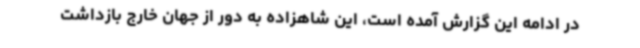
در ادامه این گزارش آمده است، این شاهزاده به دور از جهان خارج بازداشت